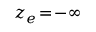
z _ { e } \! = \! - \infty